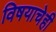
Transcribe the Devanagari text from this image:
विषयाचेही